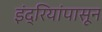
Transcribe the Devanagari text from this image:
इंद्रियांपासून